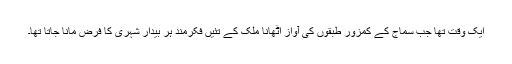
ایک وقت تھا جب سماج کے کمزور طبقوں کی آواز اٹھانا ملک کے تئیں فکرمند ہر بیدار شہری کا فرض مانا جاتا تھا۔